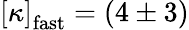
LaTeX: \left[\kappa\right]_{\mathrm{fast}}=(4\pm 3)